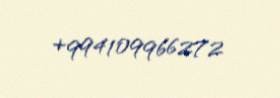
+994109966272